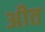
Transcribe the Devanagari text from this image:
अीत